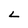
Character: L